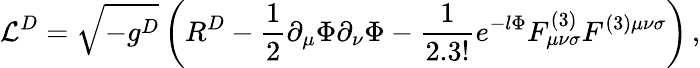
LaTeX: {\cal L}^{D}=\sqrt{-g^{D}}\left(R^{D}-\frac{1}{2}\partial_{\mu}\Phi\partial_{\nu}\Phi-{\frac{1}{2.3!}}e^{-l\Phi}F_{\mu\nu\sigma}^{(3)}F^{(3)\mu\nu\sigma}\right)\, ,